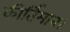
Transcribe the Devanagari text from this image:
कीर्तिमान।